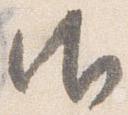
御